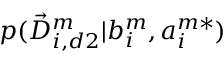
p ( \vec { D } _ { i , d 2 } ^ { m } | b _ { i } ^ { m } , a _ { i } ^ { m * } )